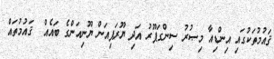
ޤައުމުތަކުގައި އިންޑިއާ މިޞުރު ސިންގަޕޫރު އަދި ޔޫރަޕިއަން ޔޫނިއަންގެ ބައެއް  ޤައުމުތައް